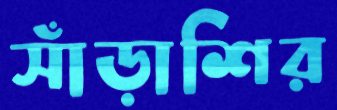
সাঁড়াশির